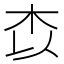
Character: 𭩟